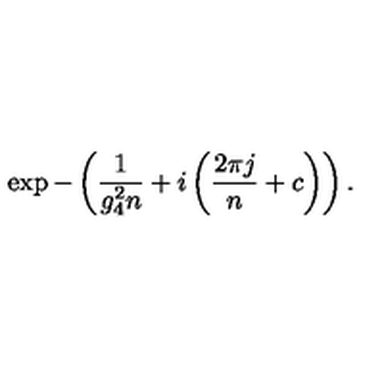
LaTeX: \exp - \left( \frac { 1 } { g _ { 4 } ^ { 2 } { n } } + i \left( \frac { 2 \pi j } { { n } } + { c } \right) \right) .